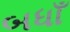
બધાઁ